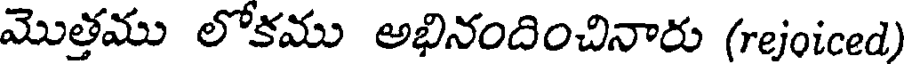
మొత్తము లోకము అభినందించినారు (rejoiced)